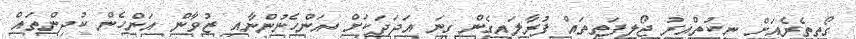
ގޯތިތެރެއަށް ނިކުތްއިރު ޖޯލިފަތިތައް ފުރާލައިގެން ގިނަ އަދަދަކަށް އަންހެނުންނާއި ޒުވާން އަންހެން ކުދިންތައް